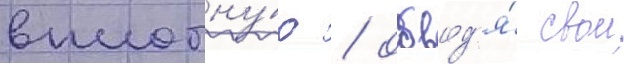
вплотну́ю / обвод'я́ свои